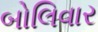
બોલિવાર